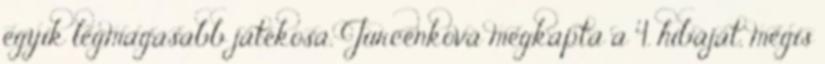
egyik legmagasabb játékosa, Jurcenková megkapta a 4. hibáját, mégis